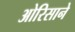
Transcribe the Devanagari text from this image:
ओरिसाने